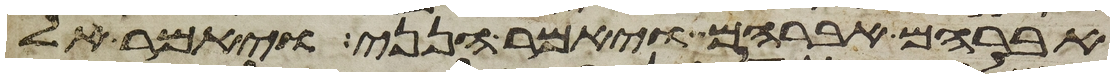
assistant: אברהם אברהם ויאמר הנני ויאמר אל